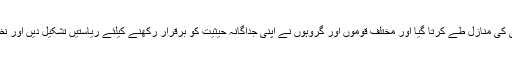
انسان اپنے ارتقائی عمل سے گزرتے ہوئے ترقی کی منازل طے کرتا گیا اور مختلف قوموں اور گروہوں نے اپنی جداگانہ حیثیت کو برقرار رکھنے کیلئے ریاستیں تشکیل دیں اور نظام ہستی چلانے کیلئے مختلف قوانین وضع کئے۔